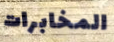
المخابرات